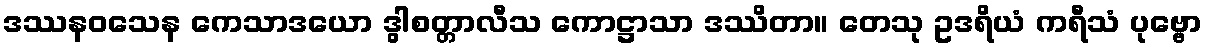
ဒဿနဝသေန ကေသာဒယော ဒွါစတ္တာလီသ ကောဋ္ဌာသာ ဒဿိတာ။ တေသု ဥဒရိယံ ကရီသံ ပုဗ္ဗော